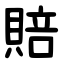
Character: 賠